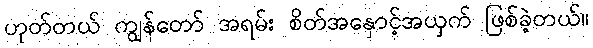
ဟုတ်တယ် ကျွန်တော် အရမ်း စိတ်အနှောင့်အယှက် ဖြစ်ခဲ့တယ်။